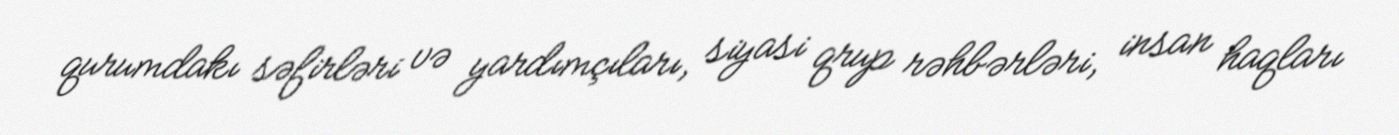
qurumdakı səfirləri və yardımçıları, siyasi qrup rəhbərləri, insan haqları